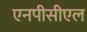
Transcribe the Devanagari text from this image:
एनपीसीएल